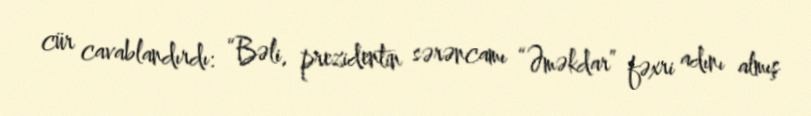
cür cavablandırdı: “Bəli, prezidentin sərəncamı “Əməkdar” fəxri adını almış